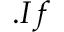
. I f